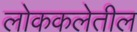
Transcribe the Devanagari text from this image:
लोककलेतील